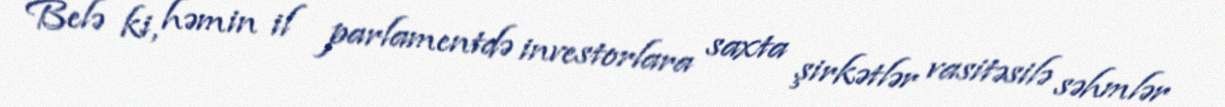
Belə ki, həmin il parlamentdə investorlara saxta şirkətlər vasitəsilə səhmlər